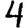
Digit: 4